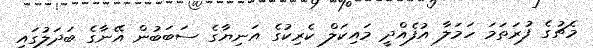
މެޗުގެ ފުރަތަަމަ ހަމަލާ އުފެއްދީ މައިކަލް ކެރިކުގެ އަނިޔާގެ ސަބަބުން އޭނާގެ ބަދަލުގައި